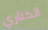
الكناري